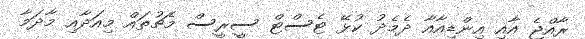
ރާއްޖެ އާއި އިންޑިއާއާ ދެމެދު ކުޅޭ ޓެސްޓް ސީރީސް މެޗުތައް މިއަދާއި މާދަމާ